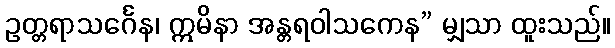
ဥတ္တရာသင်္ဂေန၊ ဣမိနာ အန္တရဝါသကေန” မျှသာ ထူးသည်။